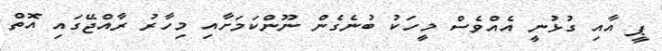
ޕީ އާއި ގުޅުނީ އެއްވެސް މީހަކު ބުނެގެން ނޫންކަމަށާއި މިހާރު ރާއްޖޭގައި އޮތް